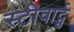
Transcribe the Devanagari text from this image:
स्टीवार्ट्स